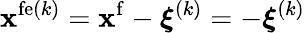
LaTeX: {\mathbf x}^{\mathrm{fe}(k)}={\mathbf x}^{\mathrm{f}}-\boldsymbol\xi^{(k)}=-\boldsymbol\xi^{(k)}